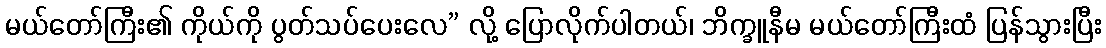
မယ်တော်ကြီး၏ ကိုယ်ကို ပွတ်သပ်ပေးလေ” လို့ ပြောလိုက်ပါတယ်၊ ဘိက္ခူနီမ မယ်တော်ကြီးထံ ပြန်သွားပြီး